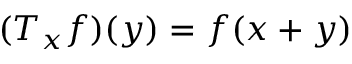
( T _ { x } f ) ( y ) = f ( x + y )